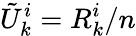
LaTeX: {\tilde{U}}_{k}^{i}=R_{k}^{i}/n